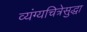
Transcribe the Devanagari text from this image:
व्यंग्यचित्रेसुद्धा